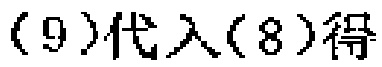
\((9)\)代入\((8)\)得